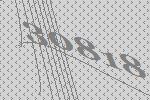
30818